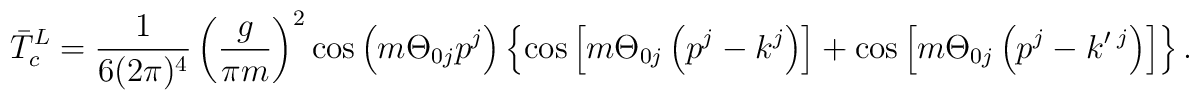
{\bar T}^L_c =  \frac{1}{6 (2\pi)^4} \left(\frac{g}{\pi m}\right)^2\cos\left(m \Theta_{0j} p^j\right)\left\{\cos\left[m \Theta_{0j} \left(p^j - k^j\right)\right]+ \cos\left[m \Theta_{0j} \left(p^j-k'\,^j \right)\right]\right\}.